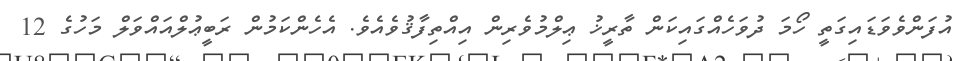
އުފަންވެވަޑައިގަތީ ހޯމަ ދުވަހެއްގައިކަން ތާރީޚު ޢިލްމުވެރިން އިއްތިފާޤުވެއެވެ. އެހެންކަމުން ރަބީޢުލްއައްވަލް މަހުގެ 12